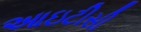
આઇટીસી